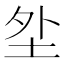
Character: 𱖗